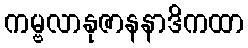
ကမ္ဗလာနုဇာနနာဒိကထာ